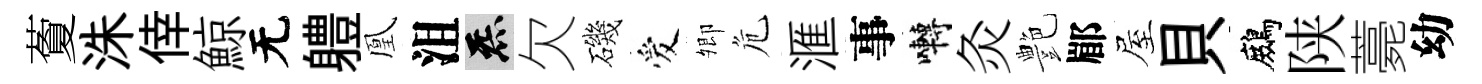
藑洙倖鯨无軆凰沮炁欠磯爱𡖖危滙事囀灸艶郿屋貝鷓陕薧幼